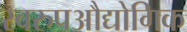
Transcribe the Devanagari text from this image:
स्वरुपऔद्योगिक